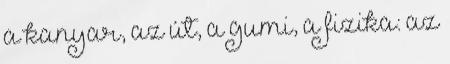
a kanyar, az út, a gumi, a fizika: az